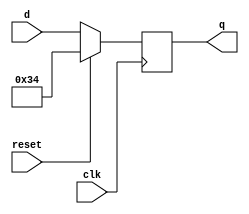
module top_module (
    input clk,
    input reset,
    input [7:0] d,
    output [7:0] q
);
    always@(negedge clk)
         begin
           q<=reset?8'b00110100:d;
         end

endmodule